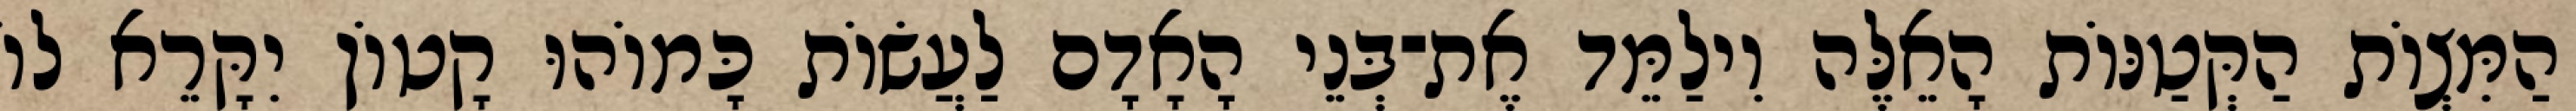
הַמִּצְוֹת הַקְּטַנּוֹת הָאֵלֶּה וִילַמֵּד אֶת־בְּנֵי הָאָדָם לַעֲשׂוֹת כָּמוֹהוּ קָטוֹן יִקָּרֵא לוֹ